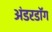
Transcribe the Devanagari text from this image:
अंडरडाॅग